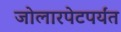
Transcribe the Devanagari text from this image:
जोलारपेटपर्यंत